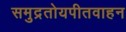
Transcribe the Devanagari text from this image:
समुद्रतोयपीतवाहन